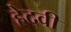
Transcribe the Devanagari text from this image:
हेदवी